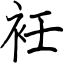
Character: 衽